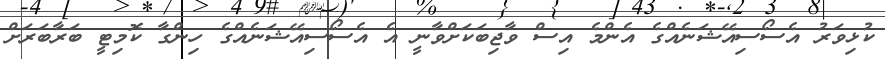
ކުޅިވަރު އެސޯސިއޭޝަނެއްގެ އެންމެ އިސް ވާޖިބަކަށްވާނީ އެ އެސޯސިއޭޝަނެއްގެ ހިންގާ ކޮމިޓީ ބަރާބަރަށް